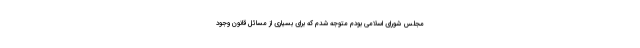
مجلس شورای اسلامی بودم متوجه شدم که برای بسیاری از مسائل قانون وجود